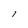
Character: l